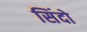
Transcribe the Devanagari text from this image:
सिंदो